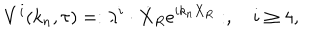
LaTeX: V ^ { i } ( k _ { n } , \tau ) = : \lambda ^ { i } \cdot \dot { X } _ { R } e ^ { i k _ { n } X _ { R } } : , \quad i \ge 4 ,